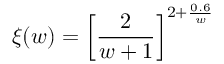
\xi ( w ) = \left[ \frac { 2 } { w + 1 } \right] ^ { 2 + \frac { 0 . 6 } { w } }